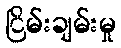
ငြိမ်းချမ်းမှု